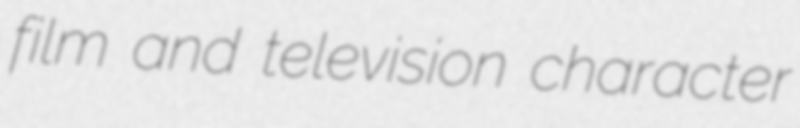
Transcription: film and television character